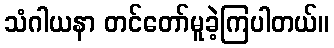
သံဂါယနာ တင်တော်မူခဲ့ကြပါတယ်။